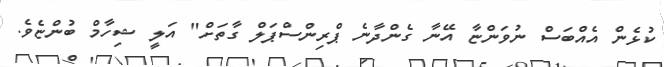
ކުޅެން އެއްބަސް ނުވަންޏާ އޭނާ ގެންދާނެ ޕްރިންސްޕަލް ގާތަށް" އަލީ ޝިހާމް ބުންޏެވެ.